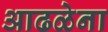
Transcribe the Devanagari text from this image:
आढळेना